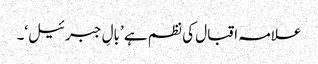
علامہ اقبال کی نظم ہے ’بالِ جبرئیل‘۔